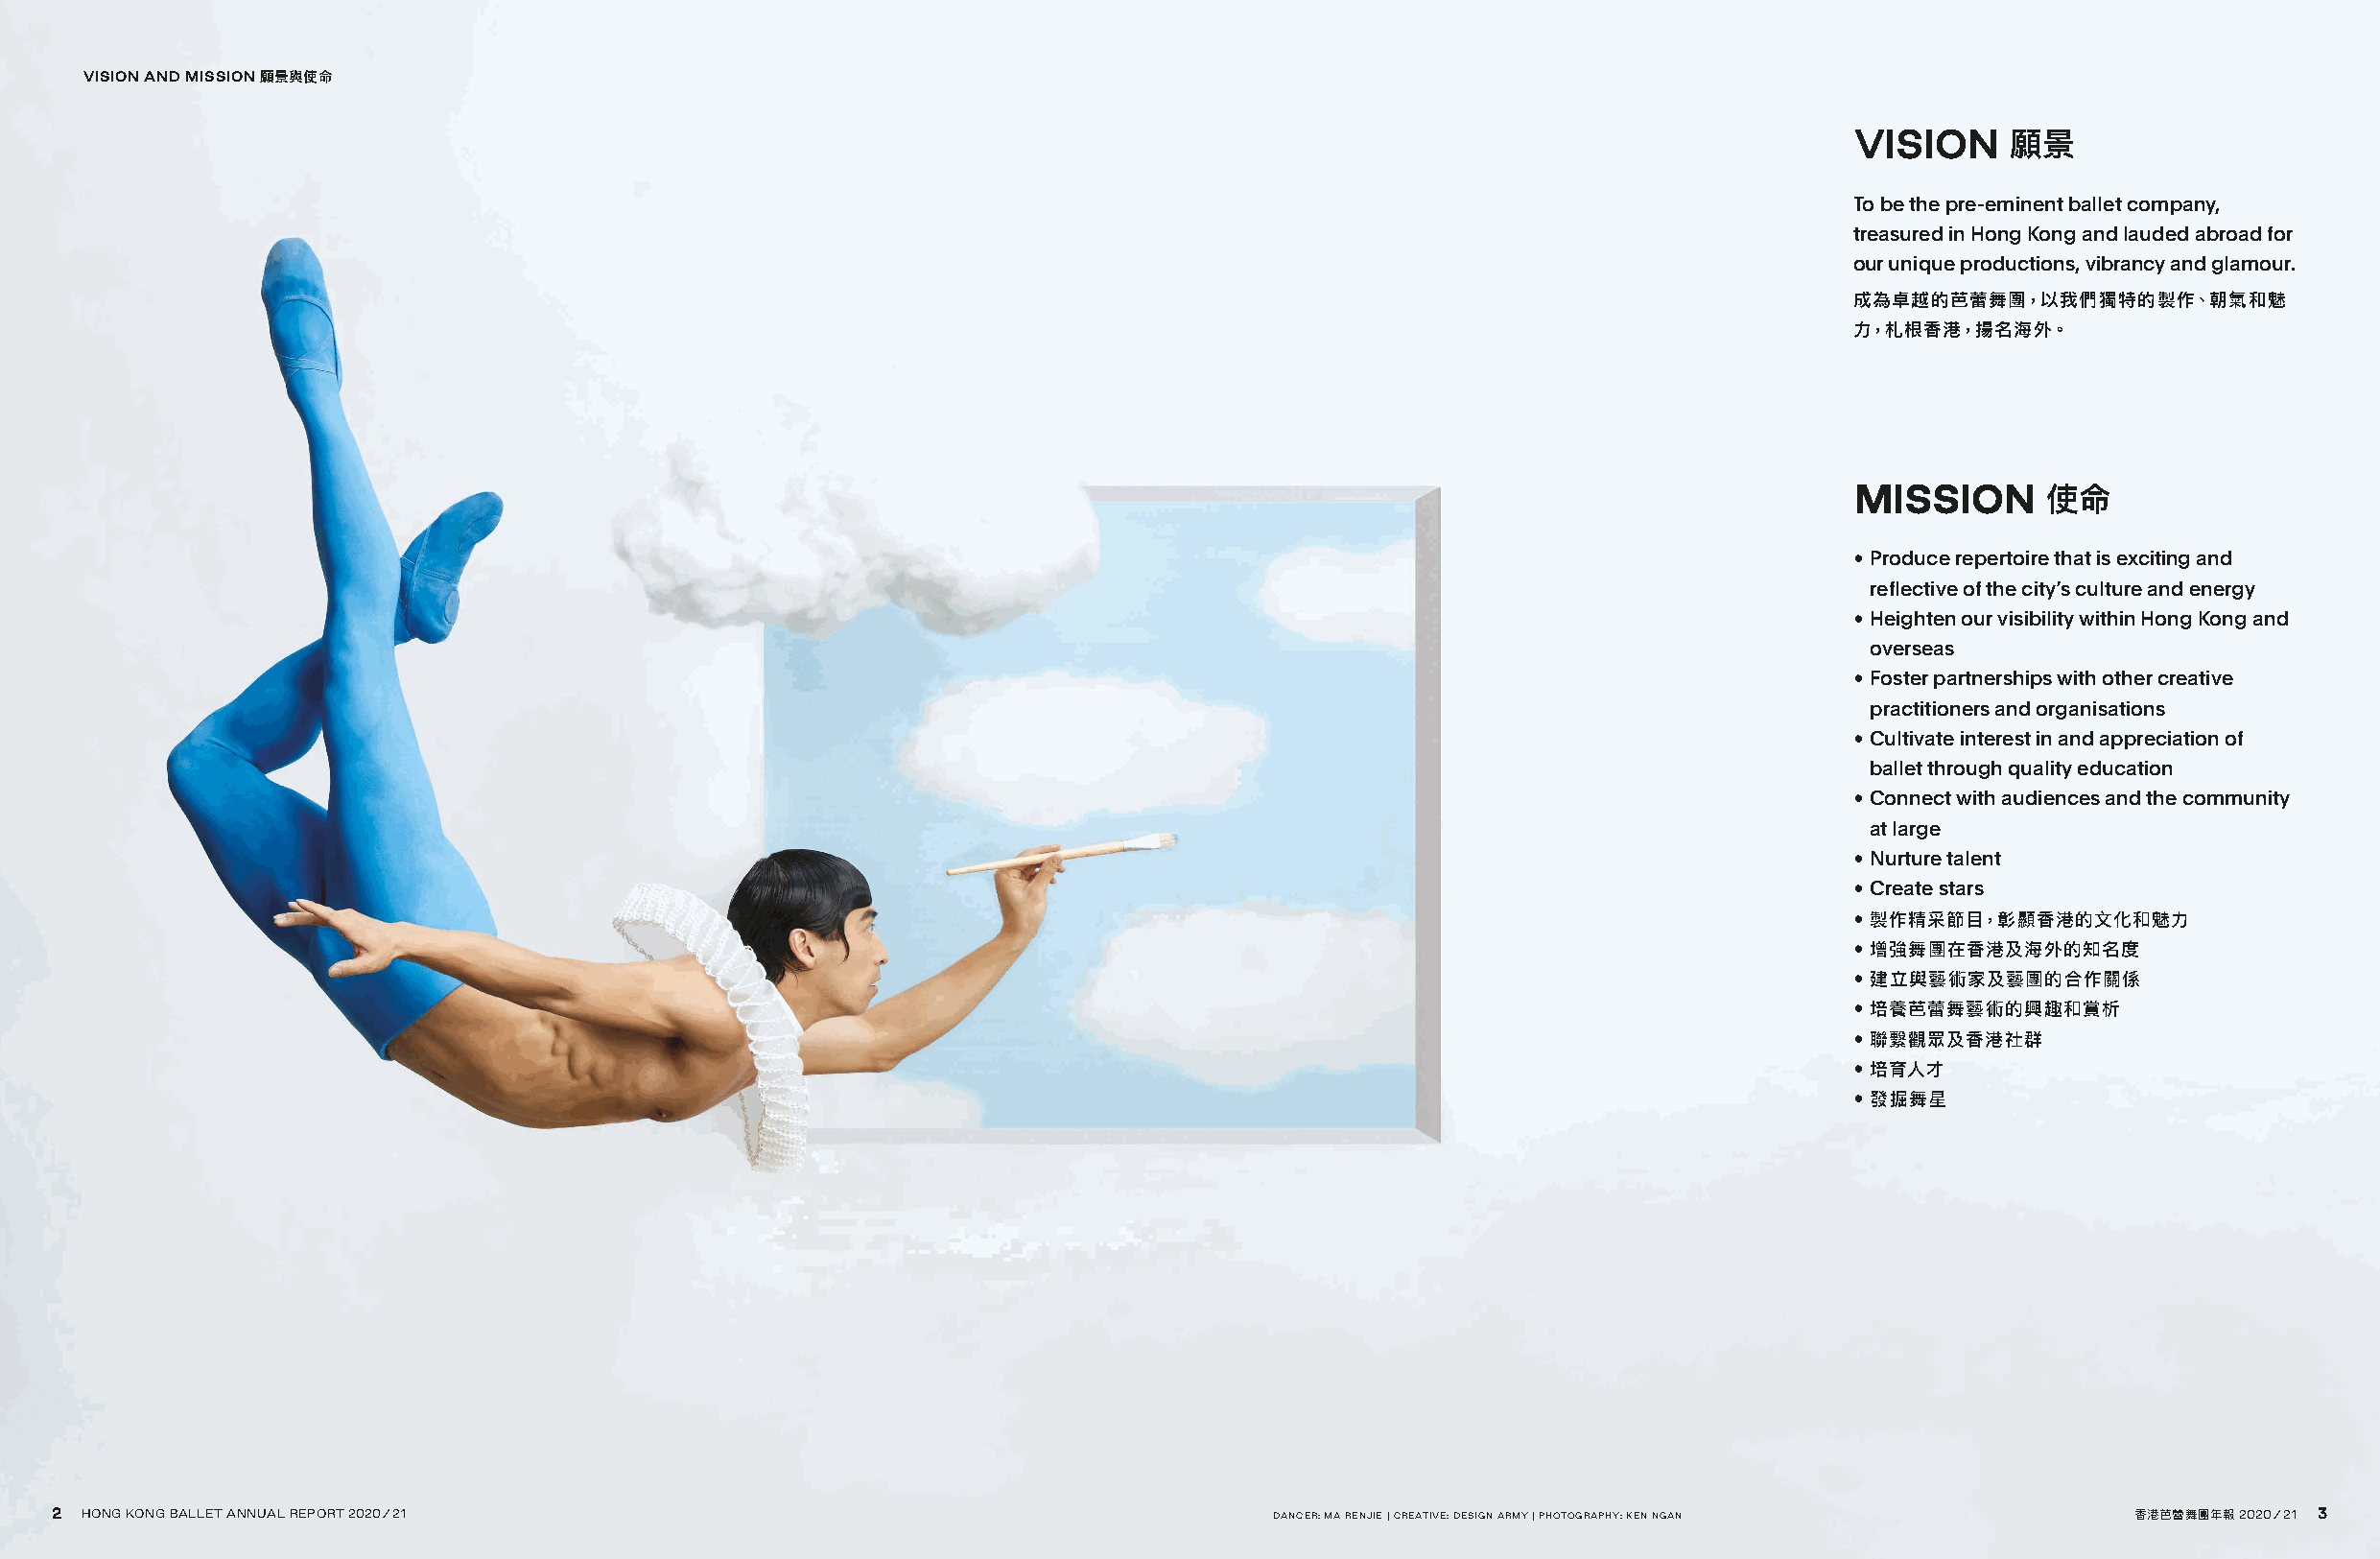
VISION AND MISSION 願景與使命
 VISION     願景
 To be the pre-eminent ballet company,
 treasured in Hong Kong and lauded abroad for
 our unique productions, vibrancy and glamour.
 成為卓越的芭蕾舞團，以我們獨特的製作、朝氣和魅
 力，札根香港，揚名海外。
 MISSION      使命
 • Produce repertoire that is exciting and
 reflective of the city’s culture and energy
 • Heighten our visibility within Hong Kong and
 overseas
 • Foster partnerships with other creative
 practitioners and organisations
 • Cultivate interest in and appreciation of
 ballet through quality education
 • Connect with audiences and the community
 at large
 • Nurture talent
 • Create stars
 • 製作精采節目，彰顯香港的文化和魅力
 • 增強舞團在香港及海外的知名度
 • 建立與藝術家及藝團的合作關係
 • 培養芭蕾舞藝術的興趣和賞析
 • 聯繫觀眾及香港社群
 • 培育人才
 • 發掘舞星
 22 HHOONNGG KKOONNGG BBAALLLLEETT AANNNNUUAALL RREEPPOORRTT 22002200//2211          DANCER: MA RENJIE | CREATIVE: DESIGN ARMY | PHOTOGRAPHY: KEN NGAN 香香港港芭芭蕾蕾舞舞團團年年報報 22002200//2211 33